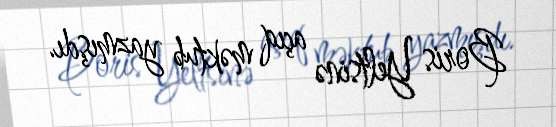
Boris Yeltsinə açıq məktub yazmışdı.